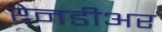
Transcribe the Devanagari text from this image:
रेनडीअर